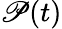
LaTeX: \mathscr{P}(t)